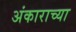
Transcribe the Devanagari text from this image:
अंकाराच्या